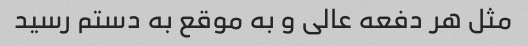
مثل هر دفعه عالی و به موقع به دستم رسید